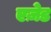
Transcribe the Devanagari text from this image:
एज़ेड